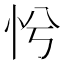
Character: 𢗴